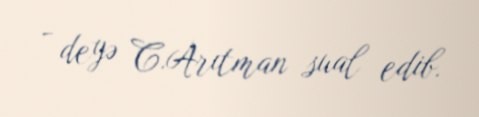
- deyə C.Arıtman sual edib.